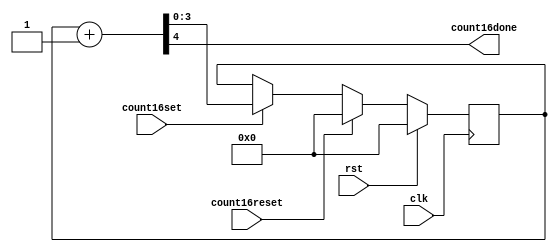
`timescale 1ns / 1ps
//////////////////////////////////////////////////////////////////////////////////

//////////////////////////////////////////////////////////////////////////////////


module COUNTER16(count16done, // one bit output
                 clk,
                 count16set,  // one bit input
                 count16reset,
                 rst);
output  count16done;  
input count16set,
      count16reset,
      rst,
      clk;

reg[3:0] count;
wire[3:0] wire_in;
wire[4:0] wire_out;

assign wire_out={1'b0,wire_in}+1;
assign wire_in=count;
always @(posedge clk)
begin
 if(rst)
  count<=#3 4'b0000;
 else if(count16reset) 
  count<=#3 4'b0000;
 else if(count16set)
  count<=#3 wire_out[3:0];
end  
// output declaration 
assign count16done=wire_out[4];
             
endmodule